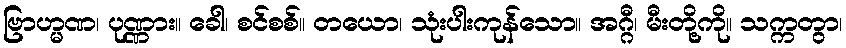
ဗြာဟ္မဏ၊ ပုဏ္ဏား။ ခေါ၊ စင်စစ်။ တယော၊ သုံးပါးကုန်သော။ အဂ္ဂီ၊ မီးတို့ကို။ သက္ကတွာ၊